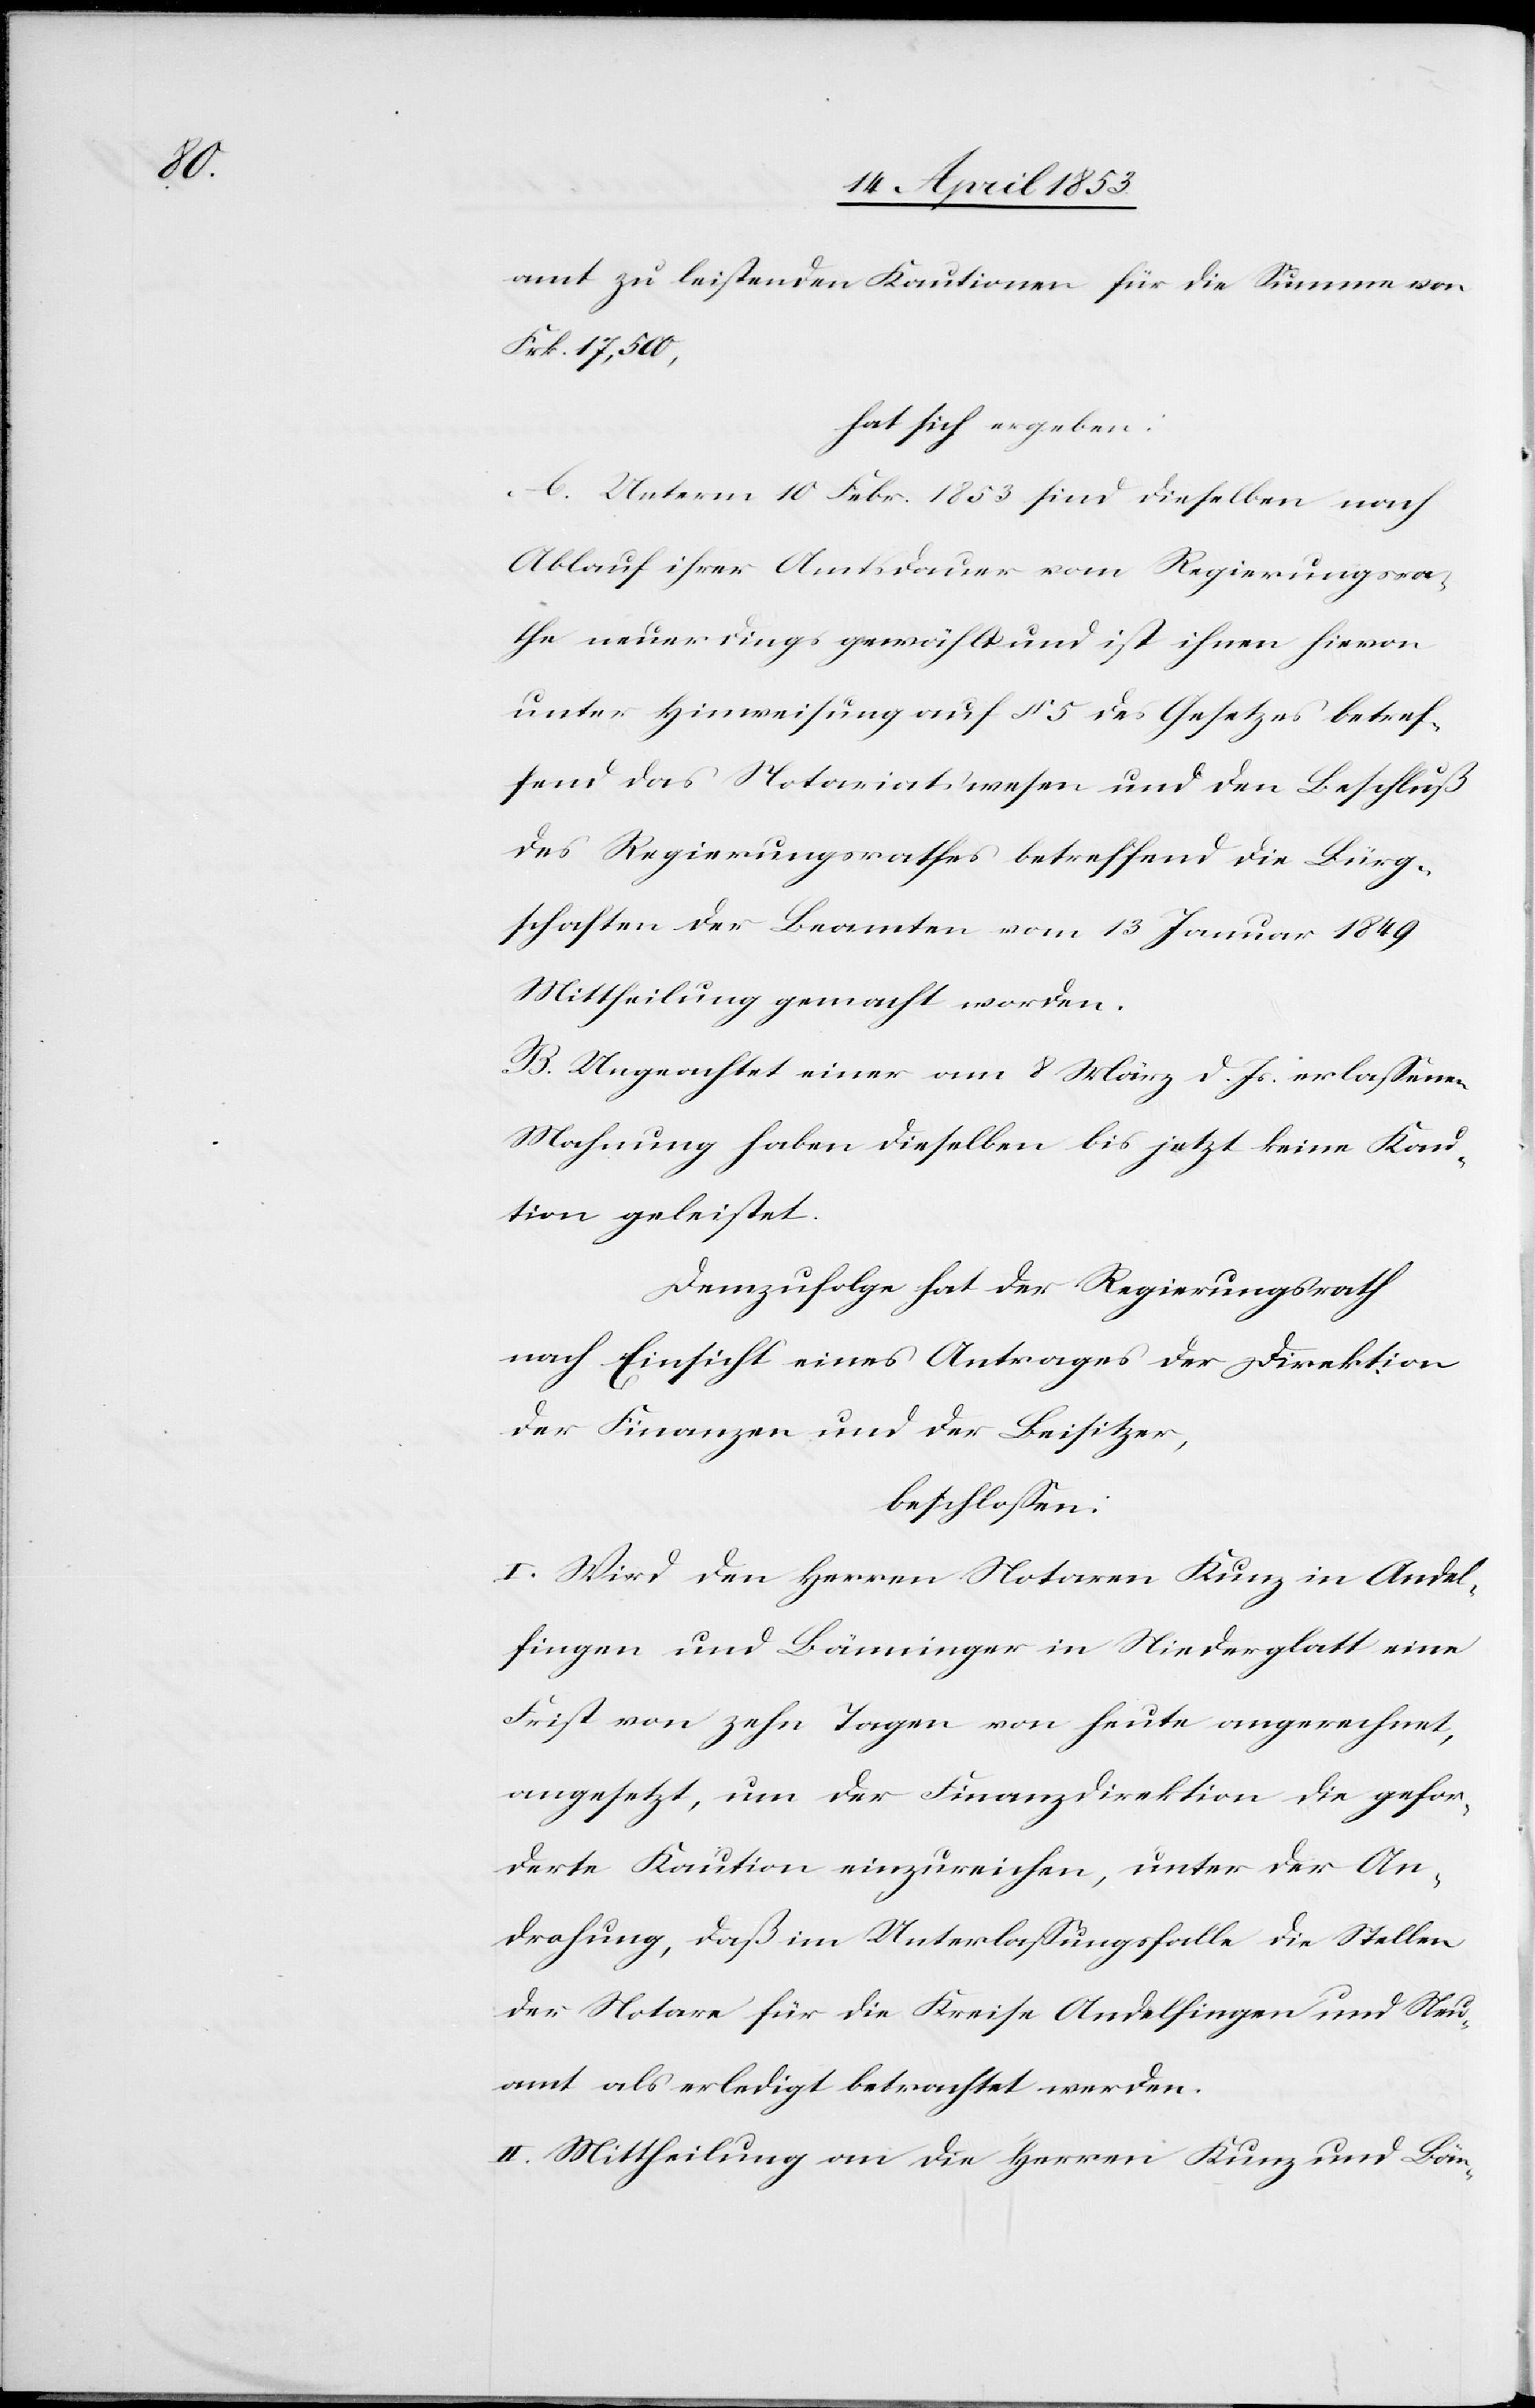
amt zu leistenden Kautionen für die Summe von
Frk. 17, 500,
hat sich ergeben:
A. Unterm 10 Febr. 1853 sind dieselben nach
Ablauf ihrer Amtsdauer vom Regierungsra¬
the neuerdings gewählt und ist ihrem hievon
unter Hinweisung auf § 5 des Gesetzes betref¬
fend das Notariatswesen und den Beschluß
des Regierungsrathes betreffend die Bürg¬
schaften der Beamten vom 13 Januar 1849
Mittheilung gemacht worden.
B. Ungeachtet einer vom 8 März d. J. erlaßenen
Mahnung haben dieselben bis jetzt keine Kau¬
tion geleistet.
Demzufolge hat der Regierungsrath
nach Einsicht eines Antrages der Direktion
der Finanzen und der Beisitzer,
beschloßen:
I. Wird den Herrn Notaren Kunz in Andel¬
fingen und Bänninger in Niederglatt eine
Frist von zehn Tagen von heute angerechnet,
angesetzt, um der Finanzdirektion die gefor¬
derte Kaution einzureichen, unter der An¬
drohung, daß im Unterlaßungsfalle die Stellen
der Notare für die Kreise Andelfingen und Neu¬
amt als erledigt betrachtet werden.
II. Mittheilung an die Herrn Kunz und Bän-